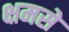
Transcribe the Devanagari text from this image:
क्षमसे